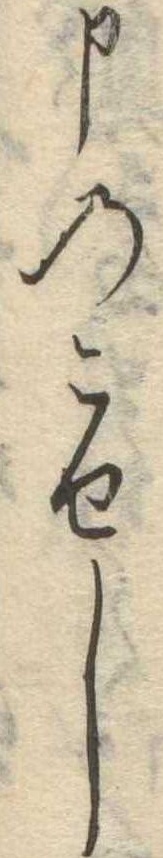
申のこせし